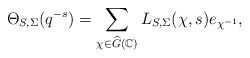
\begin{align*}\Theta_{S, \Sigma}(q^{-s}) = \sum_{\chi \in \widehat{G}(\Bbb C)} L_{S, \Sigma}(\chi, s) e_{\chi^{-1}},\end{align*}